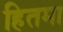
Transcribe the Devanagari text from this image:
हितमा